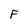
Character: F